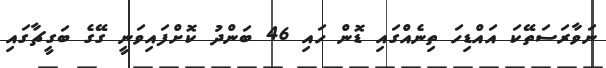
ނަވާރަސަތޭކަ އައްޑިހަ ތިނެއްގައި ޑޮން ހައި 46 ބަންދު ކޮށްފައިވަނީ ގޭގެ ބަގީޗާގައި